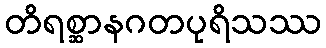
တိရစ္ဆာနဂတပုရိသဿ